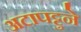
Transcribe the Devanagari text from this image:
अटापट्टुने